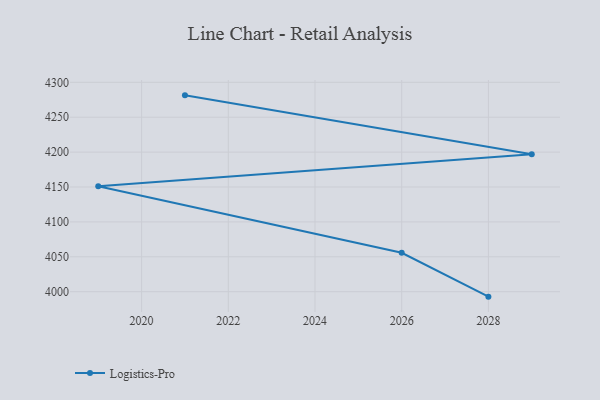
{"axis": {"x": "Year", "y": "Customer Acquisition Cost (USD)"}, "legend": ["Logistics-Pro"], "data": [{"x": "2028", "y": 3992.9, "type": "Logistics-Pro"}, {"x": "2026", "y": 4055.7, "type": "Logistics-Pro"}, {"x": "2019", "y": 4151.0, "type": "Logistics-Pro"}, {"x": "2029", "y": 4197.0, "type": "Logistics-Pro"}, {"x": "2021", "y": 4281.3, "type": "Logistics-Pro"}]}